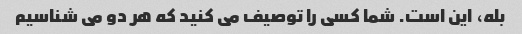
بله، این است. شما کسی را توصیف می کنید که هر دو می شناسیم